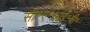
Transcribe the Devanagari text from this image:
सी॰ए॰आई॰बी॰